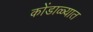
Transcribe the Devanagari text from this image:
कोंडाळ्यात